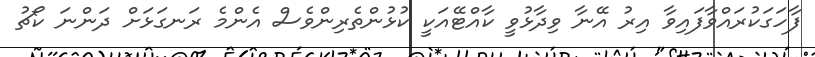
ފާހަގަކުރައްވާފައިވާ އިރު އޭނާ ވިދާޅުވީ ކާއްޓޭއަކީ ކުޅުންތެރިންވެސް އެންމެ ރަނގަޅަށް ދަންނަ ކޯޗު